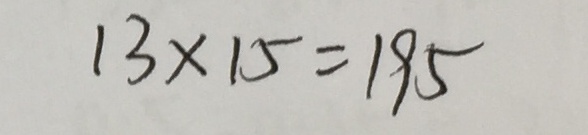
1 3 \times 1 5 = 1 9 5